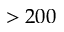
> 2 0 0